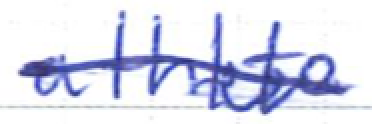
Text: athlete
Cross-out: single-line
Writing tool: ballpoint